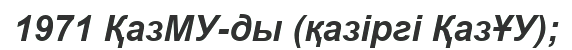
1971 ҚазМУ-ды (қазіргі ҚазҰУ);